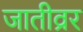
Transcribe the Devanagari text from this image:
जातीव्रर